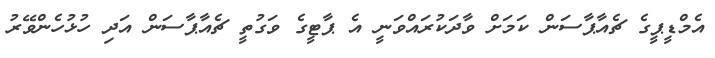
އެމްޑީޕީގެ ޗެއާޕާސަން ކަމަށް ވާދަކުރައްވަނީ އެ ޕާޓީގެ ވަގުތީ ޗެއާޕާސަން އަދި ހުޅުހެންވޭރު